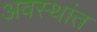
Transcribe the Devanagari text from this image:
अवस्थांत